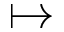
\mapsto